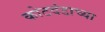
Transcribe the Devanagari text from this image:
कोटदंडाच्या